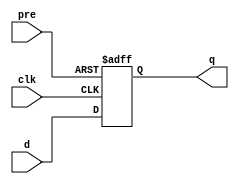
module top(
    input d,
    input clk,
    input pre,
    output reg q
);
    initial q = 1'b0;
    always @(posedge clk, posedge pre) begin
       if (pre)
          q <= 1'b1;
       else
          q <= d;
    end
endmodule